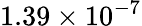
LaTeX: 1.39\times 10^{-7}